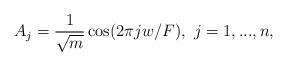
LaTeX: \begin{align*} A_j = \frac1{\sqrt{m}}\cos(2\pi jw/F),~j = 1,...,n,\end{align*}